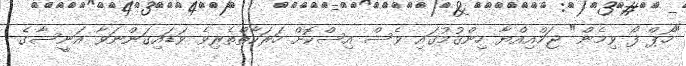
"ހޯޕް ފޯ ވިމެން" ޖަމްއިއްޔާ ހިންގުމުގައި ވެސް އިސްކޮށް ހަރަކާތްތެރިވެ ވަޑައިގަންނަވާ އަނީސާގެ